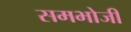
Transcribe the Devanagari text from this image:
समभोजी